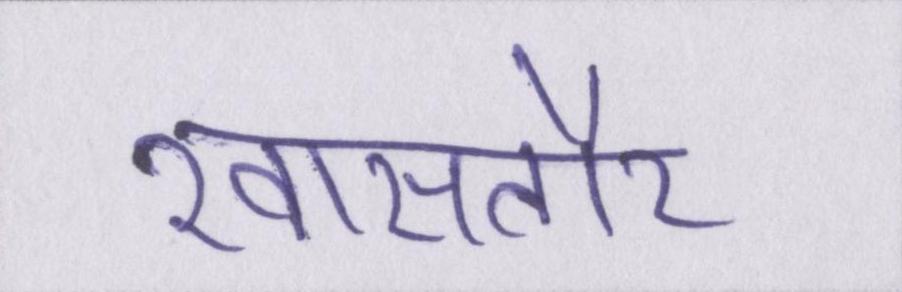
खासतौर